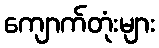
ကျောက်တုံးများ